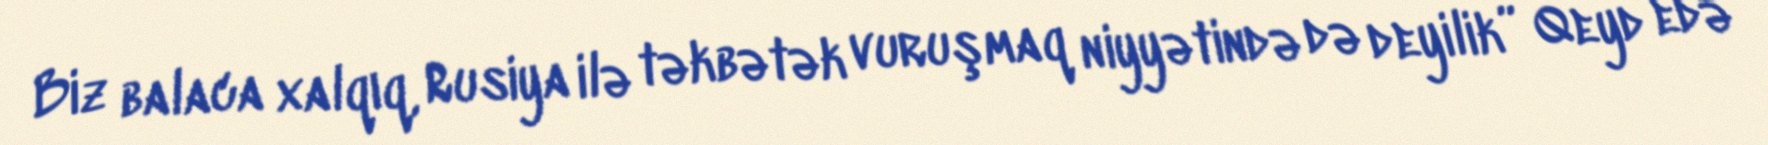
Biz balaca xalqıq, Rusiya ilə təkbətək vuruşmaq niyyətində də deyilik” Qeyd edə